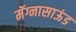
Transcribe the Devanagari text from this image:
मॅग्नासाऊंड